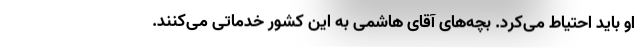
او باید احتیاط می‌کرد. بچه‌های آقای هاشمی به این کشور خدماتی می‌کنند.